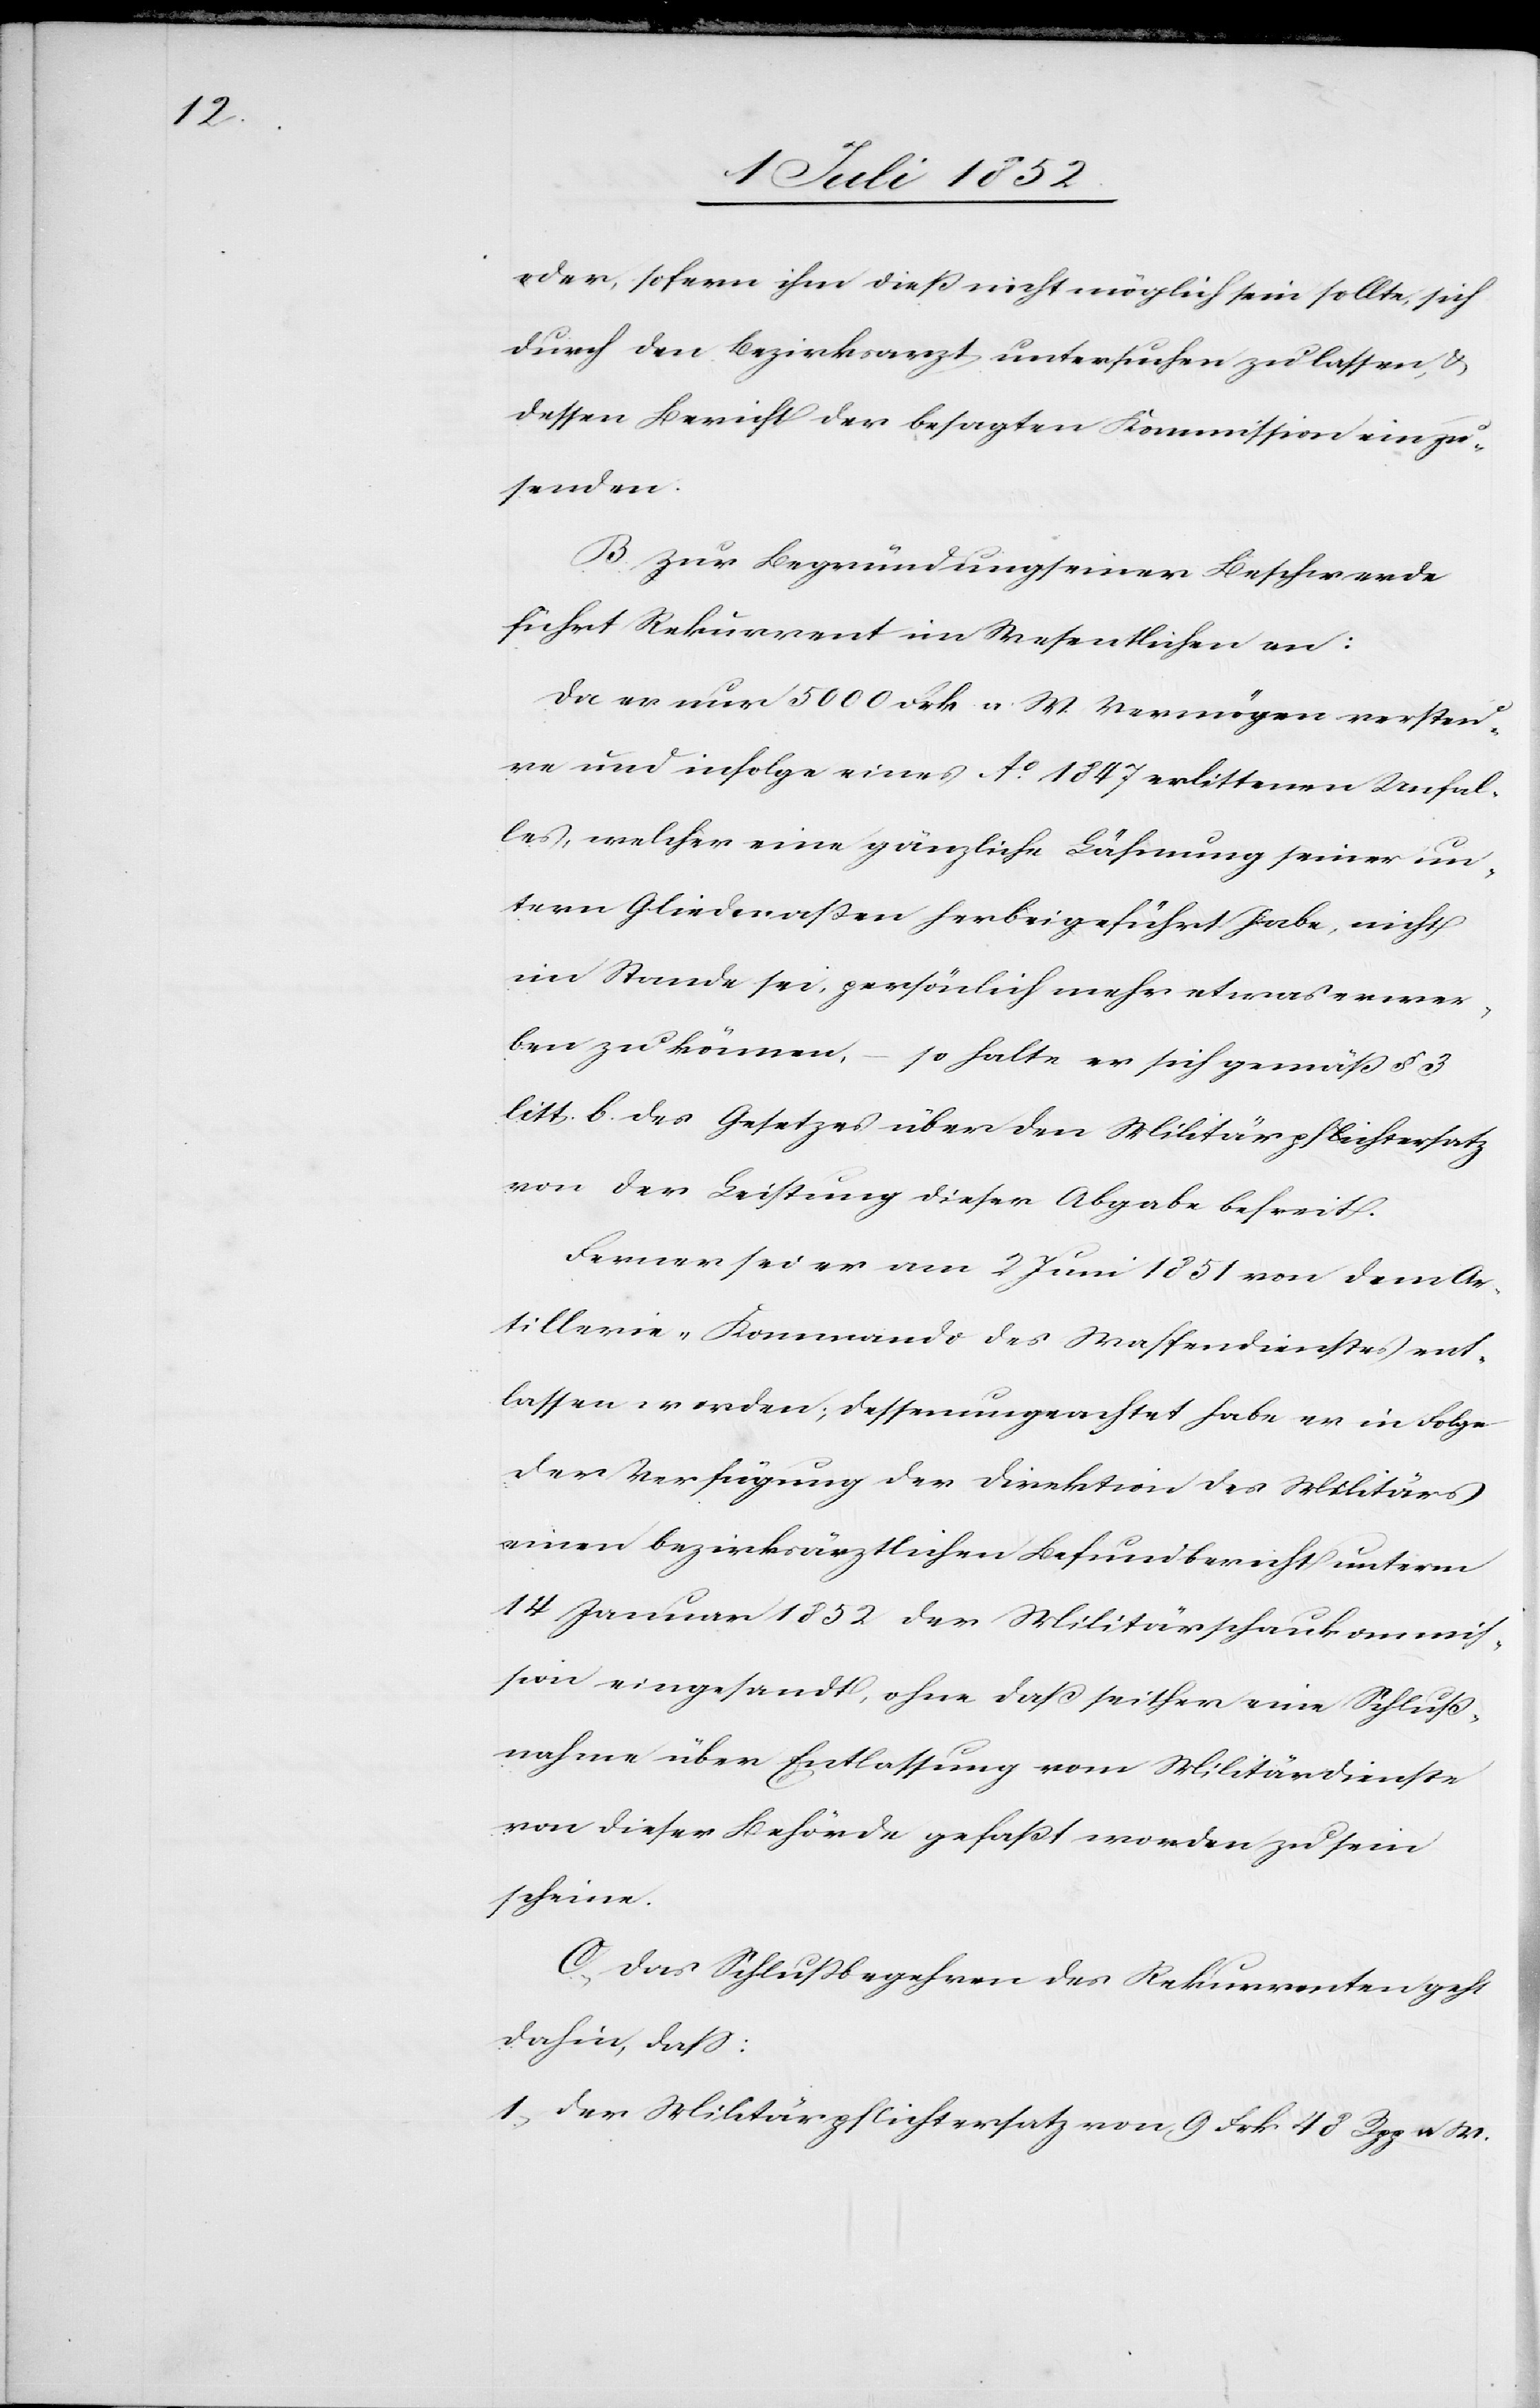
oder, sofern ihm dieß nicht möglich sein sollte, sich
durch den Bezirksarzt untersuchen zu lassen, &
dessen Bericht der besagten Kommission einzu¬
senden.
B. Zur Begründung seiner Beschwerde
führt Rekurrent im Wesentlichen an:
Da er nur 5000 Frk. a. W. Vermögen versteu¬
re und infolge eines Ao. 1847 erlittenen Unfal¬
les, welcher eine gänzliche Lähmung seiner un¬
tern Gliedmaßen herbeigeführt habe, nicht
im Stande sei, persönlich mehr etwas erwer¬
ben zu können, – so halte er sich gemäß § 3
litt. b. des Gesetzes über den Militärpflichtersatz
von der Leistung dieser Abgabe befreit.
Ferner sei er am 2 Juni 1851 von dem Ar¬
tillerie-Kommando des Waffendienstes ent¬
lassen worden; dessenungeachtet habe er in Folge
der Verfügung der Direktion des Militärs
einen bezirksärztlichen Befundbericht unterm
14 Januar 1852 der Militärschaukommis¬
sion eingesandt, ohne daß seither eine Schluß¬
nahme über Entlassung vom Militärdienste
von dieser Behörde gefaßt worden zu sein
scheine.
C., Das Schlußbegehren des Rekurrenten geht
dahin, dass:
1., der Militärpflichtersatz von 9 Frk 48 Rpp a. W.